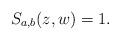
LaTeX: \begin{align*}S_{a,b}(z,w) = 1.\end{align*}